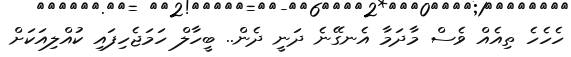
ހެހެހެ ތިއެއް ވެސް މާދަމާ އެނގޭނެ ދަނީ ދެން.. ބީހާލް ހަމަޖެހިފައި ކުއްލިއަކަށް